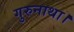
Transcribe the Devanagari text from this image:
गुरुनाथा।